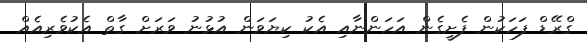
ގްރޭޑް ފަހަކުން ފެށީގެން އަހަންނާއި އެކު ކިޔަވަން އުޅުނު ވަރަށް ގާތް އެކުވެރިއެއް